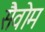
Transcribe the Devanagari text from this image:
सैवोम